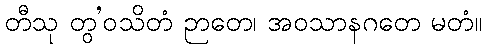
တီသု တွ’ဝသိတံ ဉာတေ၊ အဝသာနဂတေ မတံ။